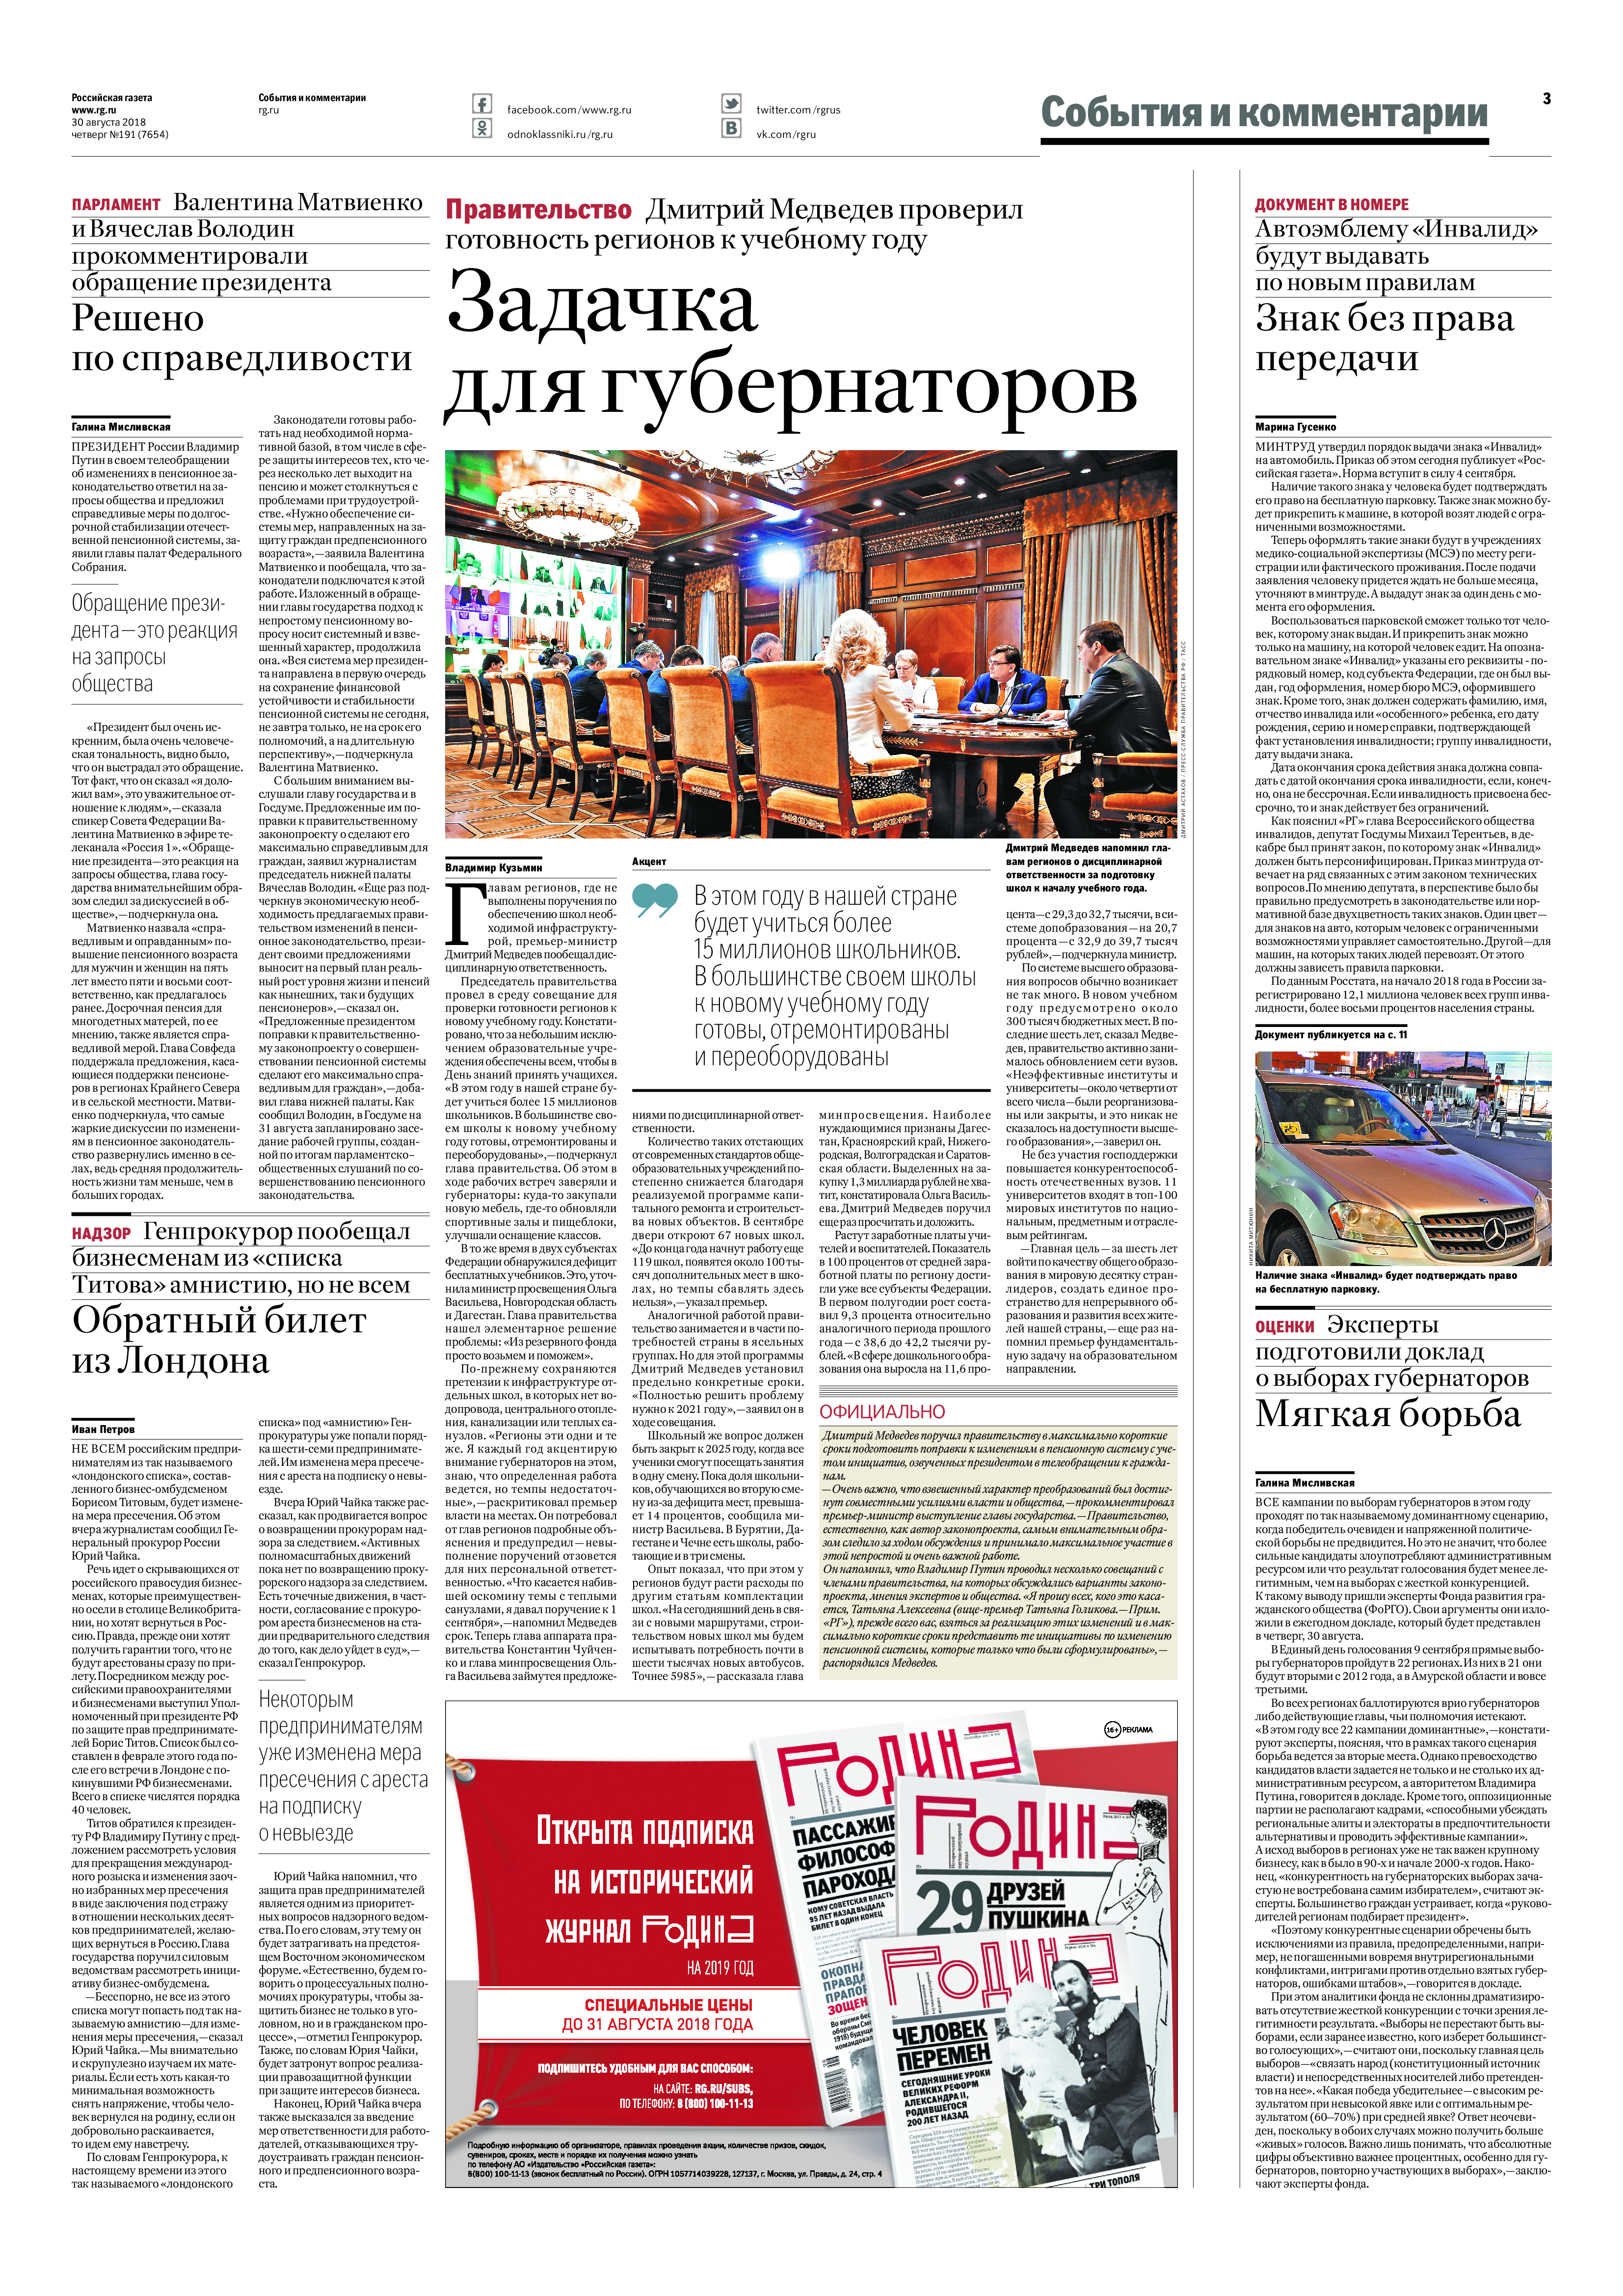
Language: ru